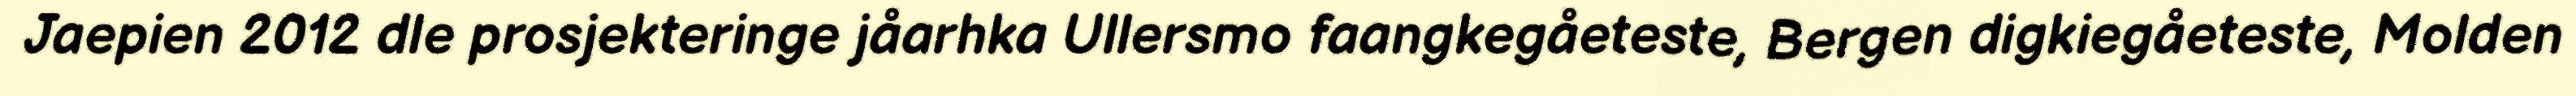
Jaepien 2012 dle prosjekteringe jåarhka Ullersmo faangkegåeteste, Bergen digkiegåeteste, Molden